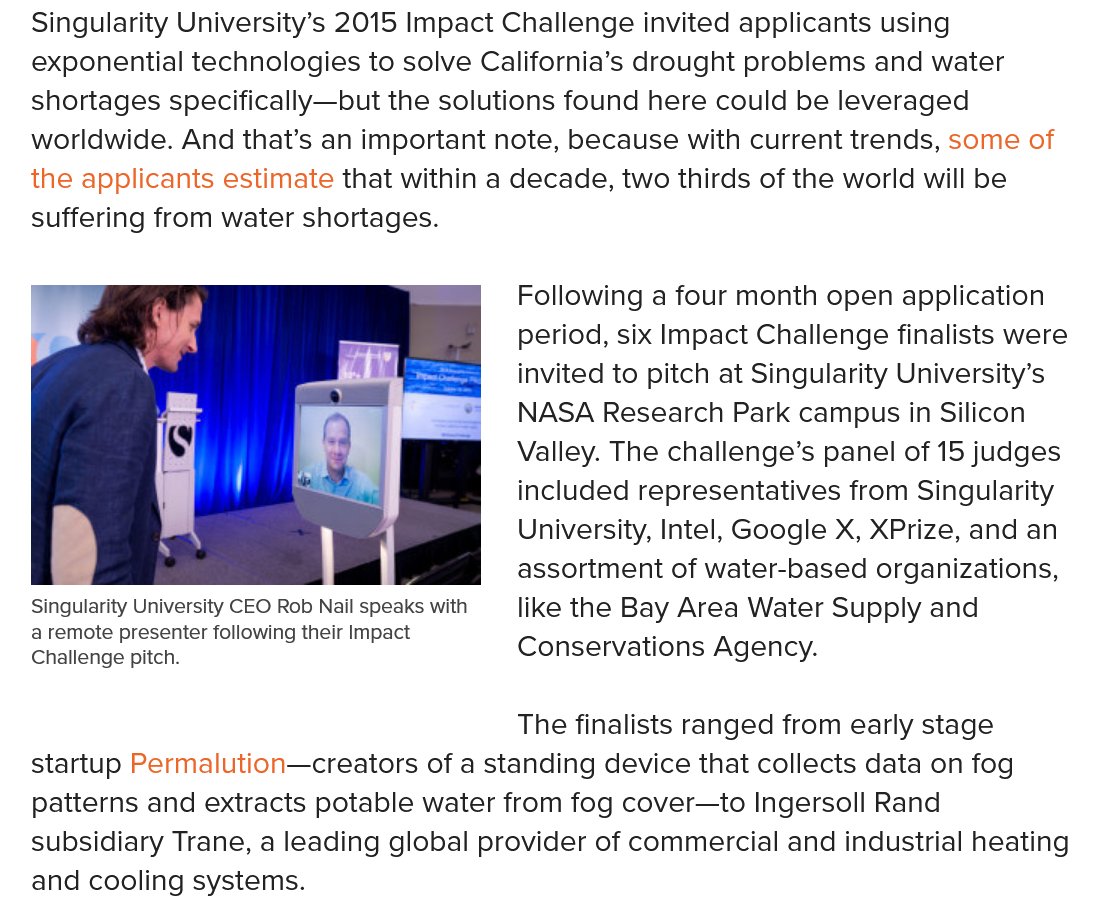
Singularity University CEO Rob Nail speaks with
   a remote presenter following their Impact
   Challenge pitch.
   Singularity University’s 2015 Impact Challenge invited applicants using
   exponential technologies to solve California’s drought problems and water
   shortages specifically—but the solutions found here could be leveraged
   worldwide. And that’s an important note, because with current trends, some of
   the applicants estimate that within a decade, two thirds of the world will be
   suffering from water shortages.

   Singularity University CEO Rob Nail speaks with
   a remote presenter following their Impact
   Challenge pitch.
     Following a four month open application
     period, six Impact Challenge finalists were
     invited to pitch at Singularity University’s
     NASA Research Park campus in Silicon
     Valley. The challenge’s panel of 15 judges
     included representatives from Singularity
     University, Intel, Google X, XPrize, and an
     assortment of water-based organizations,
     like the Bay Area Water Supply and
     Conservations Agency.
     The finalists ranged from early stage
   startup Permalution—creators of a standing device that collects data on fog
   patterns and extracts potable water from fog cover—to Ingersoll Rand
   subsidiary Trane, a leading global provider of commercial and industrial heatin¢
   and cooling systems.